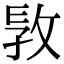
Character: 𢼪